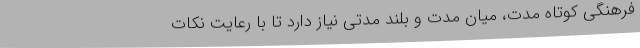
فرهنگی کوتاه مدت، میان مدت و بلند مدتی نیاز دارد تا با رعایت نکات